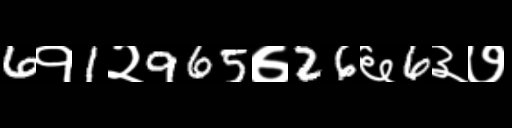
Text: 6१1२965७26६6३७